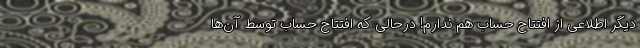
دیگر اطلاعی از افتتاح حساب هم ندارم! درحالی که افتتاح حساب توسط آن‌ها